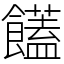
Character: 饚